Source: Handwritten
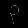
Digit: ၃ (3)